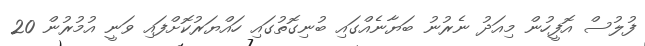
ފުލުސް އޮފީހުން މިއަދު ނެރުނު ބަޔާނެއްގައި ބުނިގޮތުގައި ހައްޔަރުކޮށްފައި ވަނީ އުމުރުން 20